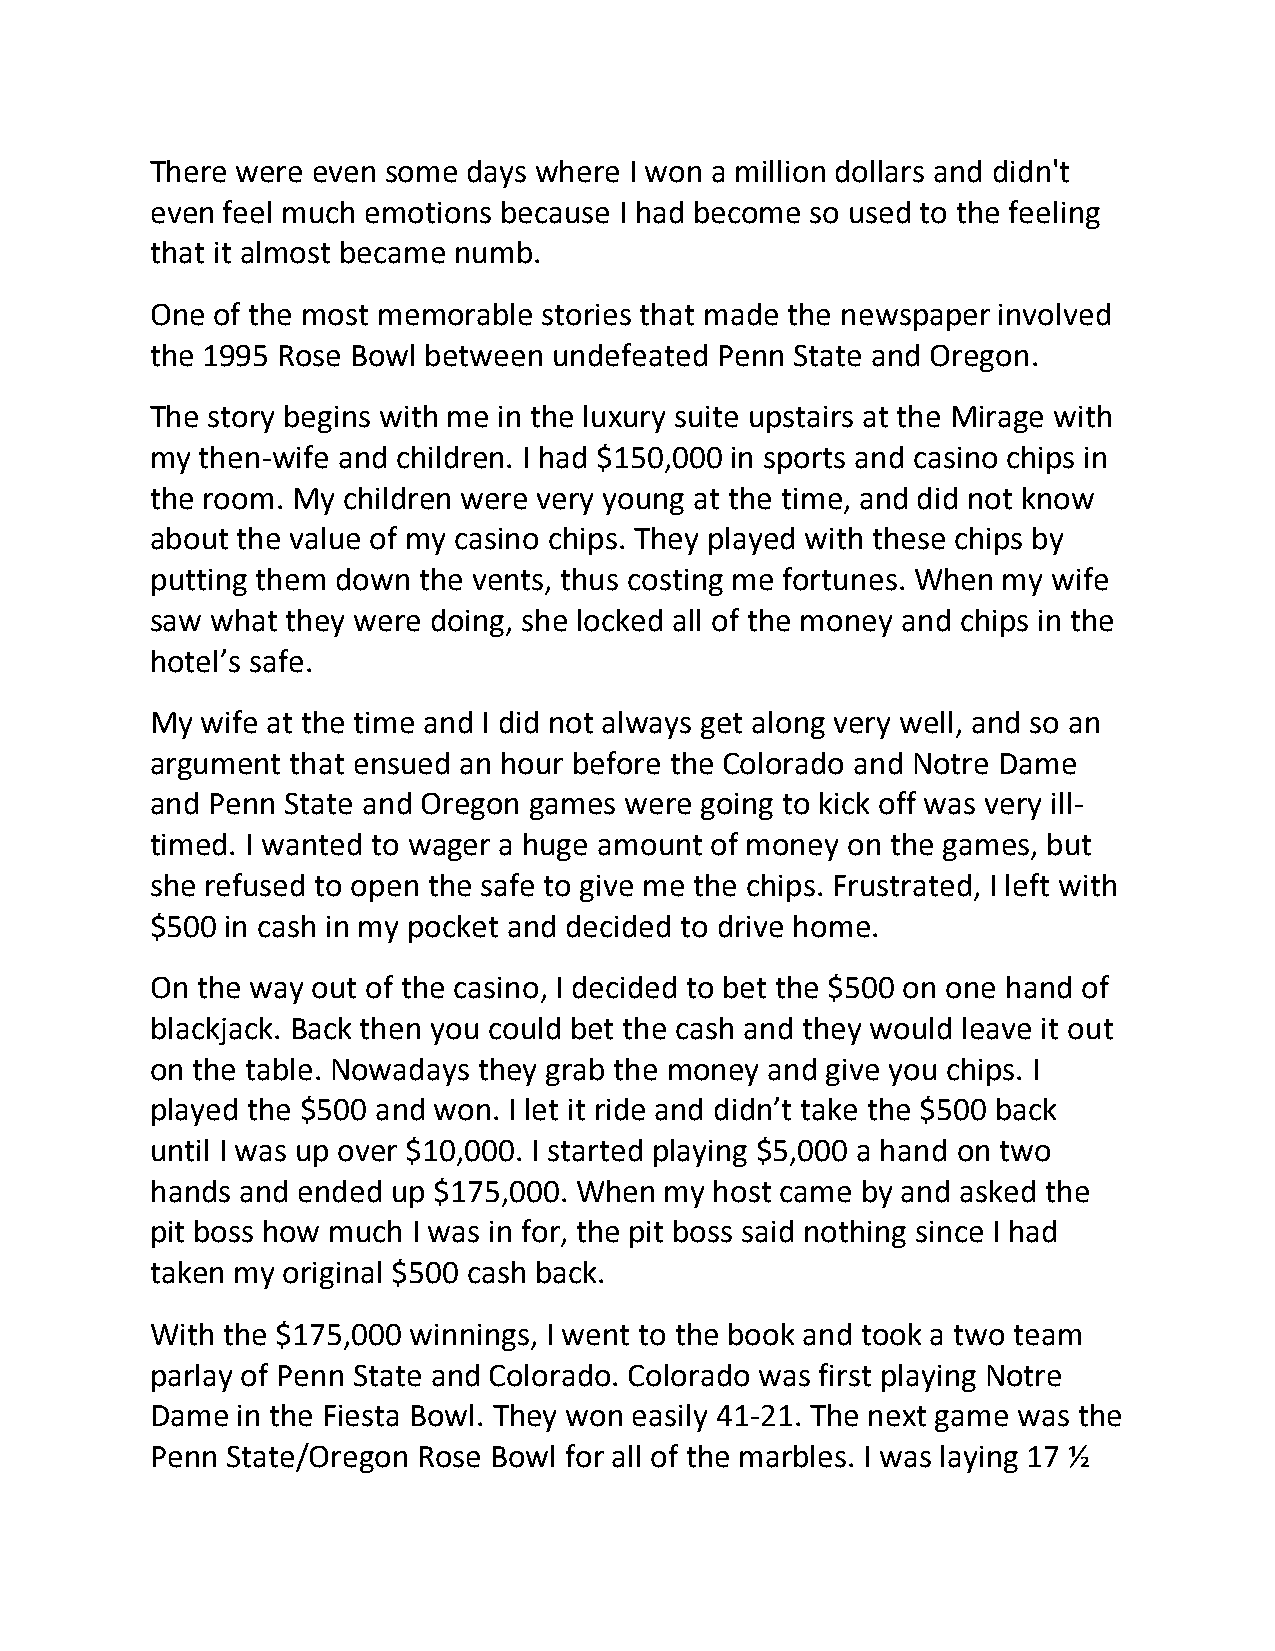
There were even some days where I won a million dollars and didn't
 even feel much emotions because I had become so used to the feeling
 that it almost became numb.
 One of the most memorable stories that made the newspaper involved
 the 1995 Rose Bowl between undefeated Penn State and Oregon.
 The story begins with me in the luxury suite upstairs at the Mirage with
 my then-wife and children. I had $150,000 in sports and casino chips in
 the room. My children were very young at the time, and did not know
 about the value of my casino chips. They played with these chips by
 putting them down the vents, thus costing me fortunes. When my wife
 saw what they were doing, she locked all of the money and chips in the
 hotel’s safe.
 My wife at the time and I did not always get along very well, and so an
 argument that ensued an hour before the Colorado and Notre Dame
 and Penn State and Oregon games were going to kick off was very ill-
 timed. I wanted to wager a huge amount of money on the games, but
 she refused to open the safe to give me the chips. Frustrated, I left with
 $500 in cash in my pocket and decided to drive home.
 On the way out of the casino, I decided to bet the $500 on one hand of
 blackjack. Back then you could bet the cash and they would leave it out
 on the table. Nowadays they grab the money and give you chips. I
 played the $500 and won. I let it ride and didn’t take the $500 back
 until I was up over $10,000. I started playing $5,000 a hand on two
 hands and ended up $175,000. When my host came by and asked the
 pit boss how much I was in for, the pit boss said nothing since I had
 taken my original $500 cash back.
 With the $175,000 winnings, I went to the book and took a two team
 parlay of Penn State and Colorado. Colorado was first playing Notre
 Dame  in the Fiesta Bowl. They won easily 41-21. The next game was the
 Penn State/Oregon Rose Bowl for all of the marbles. I was laying 17 ½